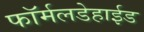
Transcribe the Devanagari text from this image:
फॉर्मलडेहाईड